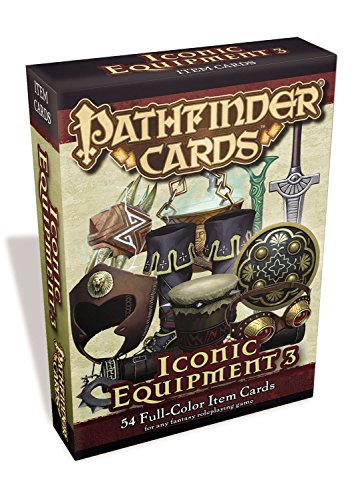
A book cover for Pathfinder Cards: Iconic Equipment 3 Item Cards Deck; Paizo Publishing; Science Fiction & Fantasy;